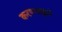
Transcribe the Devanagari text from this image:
करण्याद्वारे